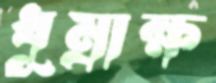
ধূম্রাক্ষ